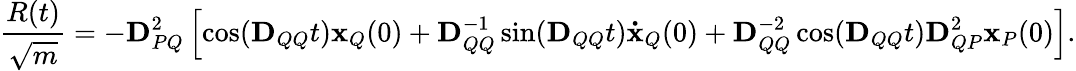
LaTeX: \frac{R(t)}{\sqrt{m}}=-\mathbf{D}_{PQ}^{2}\left[\cos(\mathbf{D}_{QQ}t)\mathbf{x}_{Q}(0)+\mathbf{D}_{QQ}^{-1}\sin(\mathbf{D}_{QQ}t)\mathbf{\dot{x}}_{Q}(0)+\mathbf{D}_{QQ}^{-2}\cos(\mathbf{D}_{QQ}t)\mathbf{D}_{QP}^{2}\mathbf{x}_{P}(0)\right].